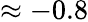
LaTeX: \approx-0.8